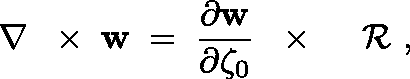
\nabla \, \mathrm { ~ \boldmath ~ \times ~ } \, { \bf w } \; = \; \frac { \partial \bf w } { \partial \zeta _ { 0 } } \, \mathrm { ~ \boldmath ~ \times ~ } \, \mathrm { ~ \boldmath ~ \cal ~ R ~ } ,